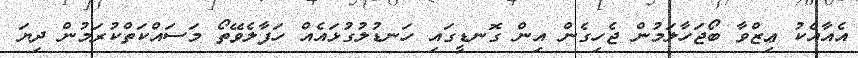
އެއާއެކު ޢިޒްވާ ބޯޖަހާލަމުން ޖެހިގެން އިން ގޮނޑީގައި ހަނޑުލުގުޅައެއް ހަފާލެވޭތޯ މަސައްކަތްކުރަމުން ދިޔަ